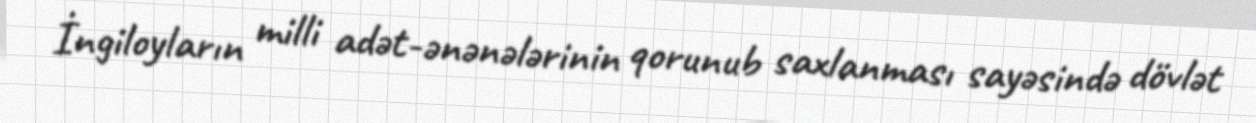
İngiloyların milli adət-ənənələrinin qorunub saxlanması sayəsində dövlət